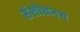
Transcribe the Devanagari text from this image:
संशोधनच